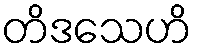
တိဒသေဟိ